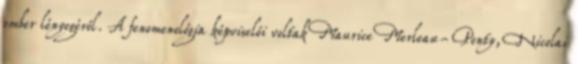
ember lényegéről. A fenomenológia képviselői voltak Maurice Merleau-Ponty, Nicolai